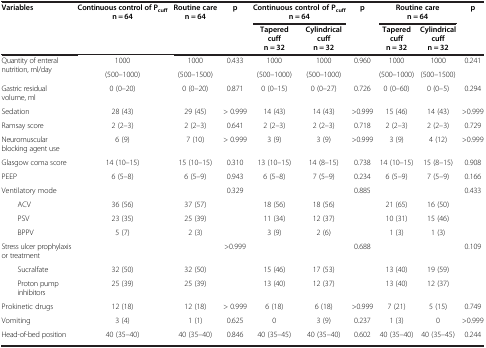
<table><thead><tr><td><b>Variables</b></td><td><b>Continuous control of P<sub>cuff </sub>n = 64</b></td><td><b>Routine care n = 64</b></td><td><b>p</b></td><td colspan="2"><b>Continuous control of P<sub>cuff </sub>n = 64</b></td><td><b>p</b></td><td colspan="2"><b>Routine care n = 64</b></td><td><b>p</b></td></tr><tr><td><b> </b></td><td><b> </b></td><td><b> </b></td><td><b> </b></td><td><b>Tapered cuff n = 32</b></td><td><b>Cylindrical cuff n = 32</b></td><td><b> </b></td><td><b>Tapered cuff n = 32</b></td><td><b>Cylindrical cuff n = 32</b></td><td><b> </b></td></tr></thead><tbody><tr><td rowspan="2">Quantity of enteral nutrition, ml/day</td><td>1000</td><td>1000</td><td rowspan="2">0.433</td><td>1000</td><td>1000</td><td rowspan="2">0.960</td><td>1000</td><td>1000</td><td rowspan="2">0.241</td></tr><tr><td>(500–1000)</td><td>(500–1500)</td><td>(500–1000)</td><td>(500–1000)</td><td>(500–1000)</td><td>(500–1500)</td></tr><tr><td>Gastric residual volume, ml</td><td>0 (0–20)</td><td>0 (0–20)</td><td>0.871</td><td>0 (0–15)</td><td>0 (0–27)</td><td>0.726</td><td>0 (0–60)</td><td>0 (0–5)</td><td>0.294</td></tr><tr><td>Sedation</td><td>28 (43)</td><td>29 (45)</td><td>&gt; 0.999</td><td>14 (43)</td><td>14 (43)</td><td>&gt;0.999</td><td>15 (46)</td><td>14 (43)</td><td>&gt;0.999</td></tr><tr><td>Ramsay score</td><td>2 (2–3)</td><td>2 (2–3)</td><td>0.641</td><td>2 (2–3)</td><td>2 (2–3)</td><td>0.718</td><td>2 (2–3)</td><td>2 (2–3)</td><td>0.729</td></tr><tr><td>Neuromuscular blocking agent use</td><td>6 (9)</td><td>7 (10)</td><td>&gt; 0.999</td><td>3 (9)</td><td>3 (9)</td><td>&gt;0.999</td><td>3 (9)</td><td>4 (12)</td><td>&gt;0.999</td></tr><tr><td>Glasgow coma score</td><td>14 (10–15)</td><td>15 (10–15)</td><td>0.310</td><td>13 (10–15)</td><td>14 (8–15)</td><td>0.738</td><td>14 (10–15)</td><td>15 (8–15)</td><td>0.908</td></tr><tr><td>PEEP</td><td>6 (5–8)</td><td>6 (5–9)</td><td>0.943</td><td>6 (5–8)</td><td>7 (5–9)</td><td>0.234</td><td>6 (5–9)</td><td>7 (5–9)</td><td>0.166</td></tr><tr><td>Ventilatory mode</td><td> </td><td> </td><td>0.329</td><td> </td><td> </td><td>0.885</td><td> </td><td> </td><td>0.433</td></tr><tr><td>ACV</td><td>36 (56)</td><td>37 (57)</td><td> </td><td>18 (56)</td><td>18 (56)</td><td> </td><td>21 (65)</td><td>16 (50)</td><td> </td></tr><tr><td>PSV</td><td>23 (35)</td><td>25 (39)</td><td> </td><td>11 (34)</td><td>12 (37)</td><td> </td><td>10 (31)</td><td>15 (46)</td><td> </td></tr><tr><td>BPPV</td><td>5 (7)</td><td>2 (3)</td><td> </td><td>3 (9)</td><td>2 (6)</td><td> </td><td>1 (3)</td><td>1 (3)</td><td> </td></tr><tr><td>Stress ulcer prophylaxis or treatment</td><td> </td><td> </td><td>&gt;0.999</td><td> </td><td> </td><td>0.688</td><td> </td><td> </td><td>0.109</td></tr><tr><td>Sucralfate</td><td>32 (50)</td><td>32 (50)</td><td> </td><td>15 (46)</td><td>17 (53)</td><td> </td><td>13 (40)</td><td>19 (59)</td><td> </td></tr><tr><td>Proton pump inhibitors</td><td>25 (39)</td><td>25 (39)</td><td> </td><td>13 (40)</td><td>12 (37)</td><td> </td><td>13 (40)</td><td>12 (37)</td><td> </td></tr><tr><td>Prokinetic drugs</td><td>12 (18)</td><td>12 (18)</td><td>&gt; 0.999</td><td>6 (18)</td><td>6 (18)</td><td>&gt;0.999</td><td>7 (21)</td><td>5 (15)</td><td>0.749</td></tr><tr><td>Vomiting</td><td>3 (4)</td><td>1 (1)</td><td>0.625</td><td>0</td><td>3 (9)</td><td>0.237</td><td>1 (3)</td><td>0</td><td>&gt;0.999</td></tr><tr><td>Head-of-bed position</td><td>40 (35–40)</td><td>40 (35–40)</td><td>0.846</td><td>40 (35–45)</td><td>40 (35–40)</td><td>0.602</td><td>40 (35–40)</td><td>40 (35–45)</td><td>0.244</td></tr></tbody></table>